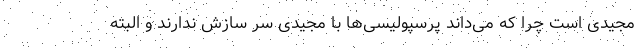
مجیدی است چرا که می‌داند پرسپولیسی‌ها با مجیدی سر سازش ندارند و البته